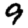
Digit: 9